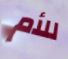
للأم